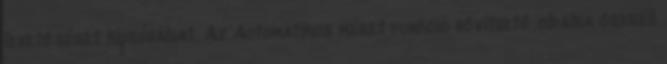
lehetőséget kipróbálhat. Az Automatikus méret funkció bővíthető oldalra cseréli